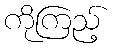
ကိုကြည့်